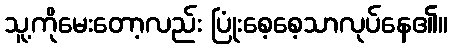
သူ့ကိုမေးတော့လည်း ပြုံးစေ့စေ့သာလုပ်နေ၏။